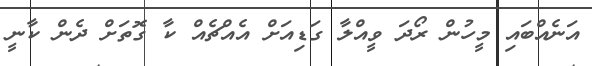
އަނެއްބައި މީހުން ރޯދަ ވީއްލާ ގަޑިއަށް އެއްޗެއް ކާ ގޮތަށް ދެން ކާނީ